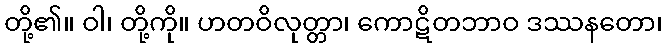
တို့၏။ ဝါ၊ တို့ကို။ ဟတဝိလုတ္တာ၊ ကောဋိတဘာဝ ဒဿနတော၊